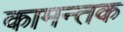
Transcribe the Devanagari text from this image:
कामन्तक